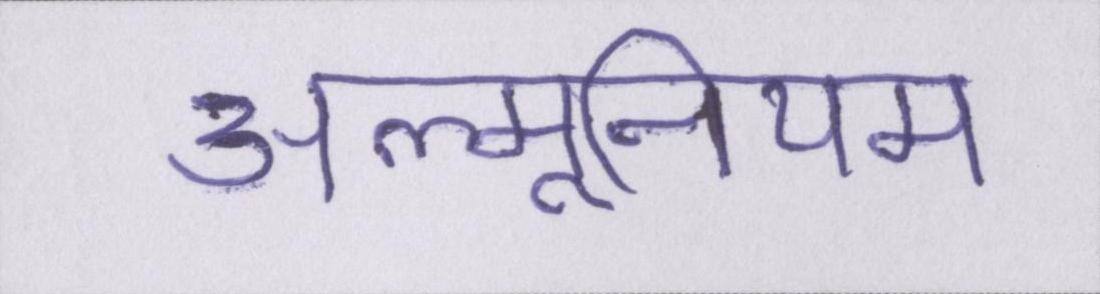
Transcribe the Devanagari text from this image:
अल्मूनियम